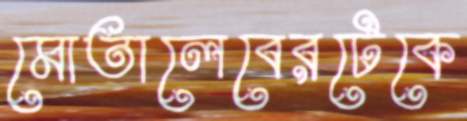
মোতালেবেরটেকে